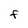
Character: F